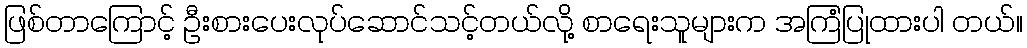
ဖြစ်တာကြောင့် ဦးစားပေးလုပ်ဆောင်သင့်တယ်လို့ စာရေးသူများက အကြံပြုထားပါ တယ်။